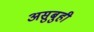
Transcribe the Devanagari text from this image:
असुबुही